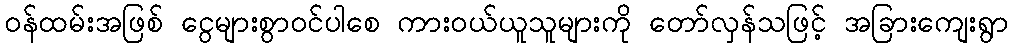
ဝန်ထမ်းအဖြစ် ငွေများစွာဝင်ပါစေ ကားဝယ်ယူသူများကို တော်လှန်သဖြင့် အခြားကျေးရွာ